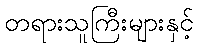
တရားသူကြီးများနှင့်